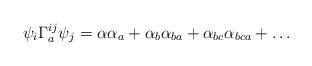
LaTeX: \begin{align*}\psi_i \Gamma^{ij}_a \psi_j = \alpha \alpha_a + \alpha_b \alpha_{ba} + \alpha_{bc} \alpha_{bca} + \ldots\end{align*}